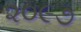
૨૦૯૭